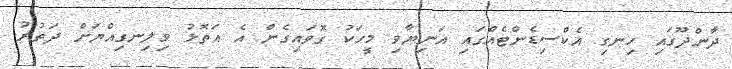
ދާންދޫގައި ހިނގި އެކްސިޑެންޓެއްގައި އަނިޔާވި މީހަކު ގޮވައިގެން އެ އަތޮޅު ވިލިނގިއްޔަށް ދަތުރު